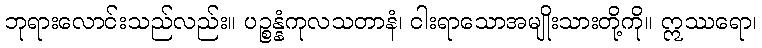
ဘုရားလောင်းသည်လည်း။ ပဉ္စန္နံကုလသတာနံ၊ ငါးရာသောအမျိုးသားတို့ကို။ ဣဿရော၊